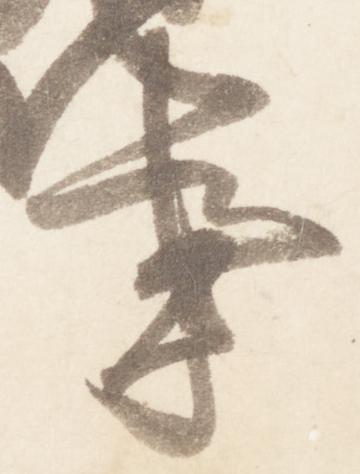
亊